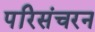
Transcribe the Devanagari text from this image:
परिसंचरन